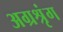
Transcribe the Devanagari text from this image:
अग्रश्रृंग